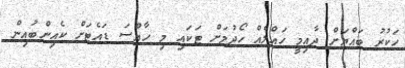
ހަކުރު ބައްޔަށް ދާއިމީ ހައްލެއް ހޯދުމަށް ޓަކައި މި ހާއްސަ ޑައެޓަށް ކެއިންބުއިން